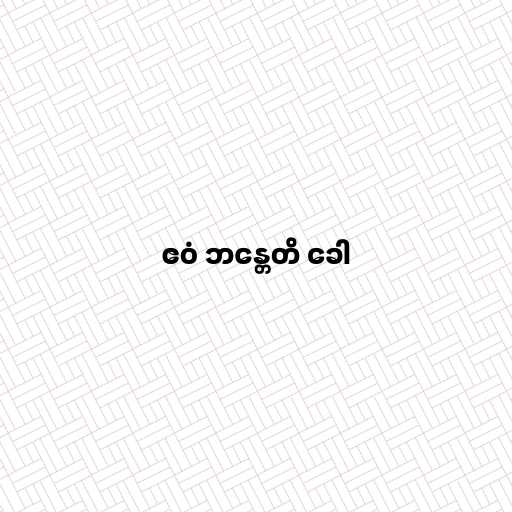
ဧဝံ ဘန္တေတိ ခေါ